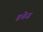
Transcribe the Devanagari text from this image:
डनेज